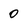
Character: 0